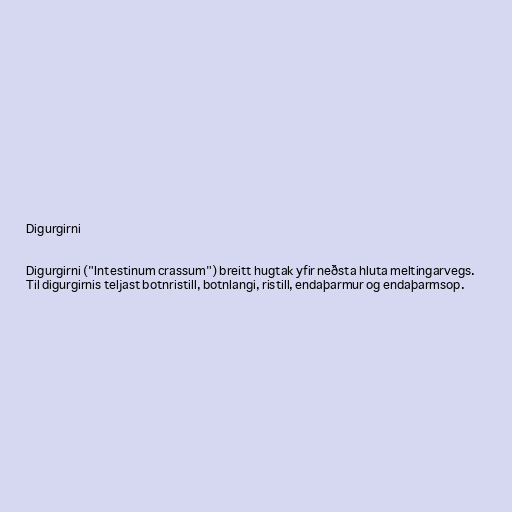
Digurgirni

Digurgirni ("Intestinum crassum") breitt hugtak yfir neðsta hluta meltingarvegs.
Til digurgirnis teljast botnristill, botnlangi, ristill, endaþarmur og endaþarmsop.